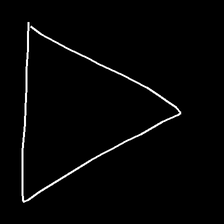
Glyph: convergence